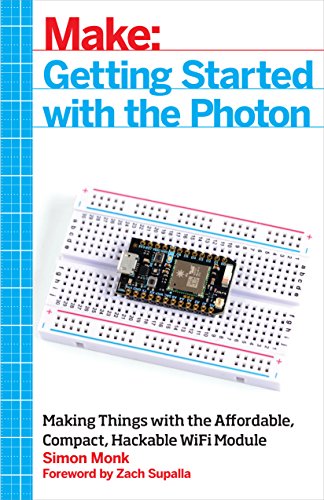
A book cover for Make: Getting Started with the Photon: Making Things with the Affordable, Compact, Hackable WiFi Module; Simon Monk; Computers & Technology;